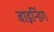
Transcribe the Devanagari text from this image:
बाइन्डिंग